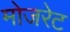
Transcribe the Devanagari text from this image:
मोजरेट